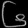
Digit: ၆